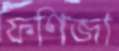
ফণিজা